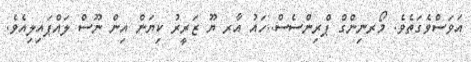
އަވަސްވެގަތެވެ. މޯރނިންގް ޕްރިންސެސް..ހައު އާރ ޔޫ ޒަރީރު ކިޔަން އިން ނޫސް ލައްޕައިލިއެވެ.